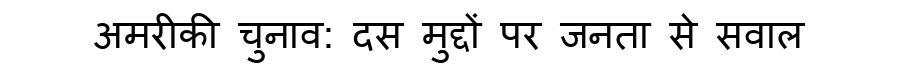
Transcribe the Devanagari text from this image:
अमरीकी चुनाव: दस मुद्दों पर जनता से सवाल